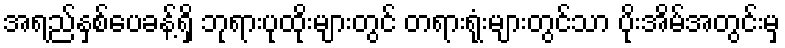
အရည်နှစ်ပေခန့်ရှိ ဘုရားပုထိုးများတွင် တရားရုံးများတွင်သာ ပိုးအိမ်အတွင်းမှ